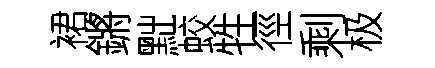
裙鏘黜蛟牲徑剩极